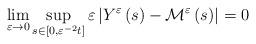
LaTeX: \begin{align*}\lim_{\varepsilon \rightarrow 0}\sup_{s\in \left[ 0,\varepsilon ^{-2}t\right]}\varepsilon \left\vert Y^{\varepsilon }\left( s\right) -\mathcal{M}_{{}}^{\varepsilon }\left( s\right) \right\vert =0\end{align*}